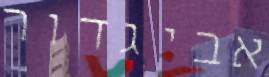
אביגדור